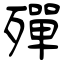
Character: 殫